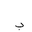
Letter: _ba